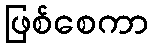
ဖြစ်စေကာ